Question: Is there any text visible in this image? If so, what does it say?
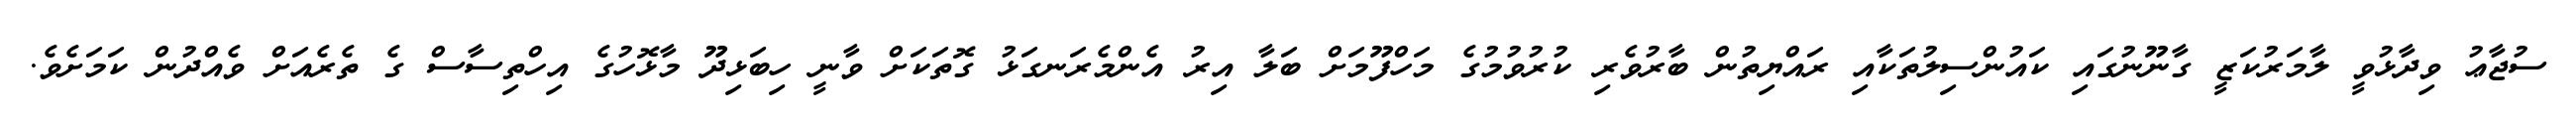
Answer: ސުޖާޢު ވިދާޅުވީ ލާމަރުކަޒީ ގާނޫނުގައި ކައުންސިލުތަކާއި ރައްޔިތުން ބާރުވެރި ކުރުވުމުގެ މަހްފޫމަށް ބަލާ އިރު އެންމެރަނގަޅު ގޮތަކަށް ވާނީ ހިބަޅިދޫ މާޅޮހުގެ އިހްތިސާސް ގެ ތެރެއަށް ވެއްދުން ކަމަށެވެ.